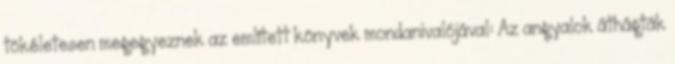
tökéletesen megegyeznek az említett könyvek mondanivalójával: Az angyalok áthágták